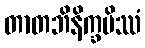
တာတဘိနိက္ခမိဿံ